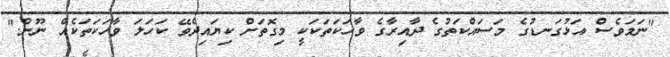
"ނަމަވެސް އަޅުގަނޑުގެ މަސައްކަތުގެ ދާއިރާގެ ވާހަކަތަކަކީ މިގޮތަށް ކިޔައިދެވޭ ކަހަލަ ވާހަކަތަކެއް ނޫން."